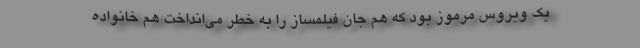
یک ویروس مرموز بود که هم جان فیلمساز را به خطر می‌انداخت هم خانواده